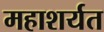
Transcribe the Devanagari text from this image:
महाशर्यत